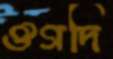
ঔগদি